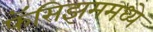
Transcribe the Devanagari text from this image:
फॅसिझममध्ये